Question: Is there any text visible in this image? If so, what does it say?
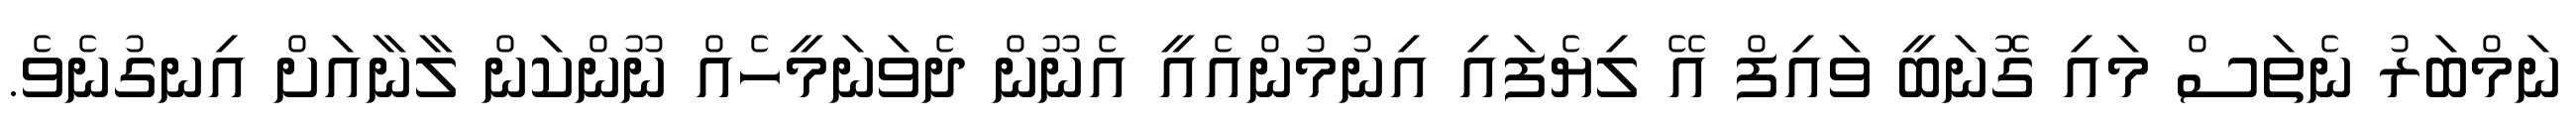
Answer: ނަމްބަރު ނެތަސް މައި ގޮނަބީ ވައިފް އޭ ލިޔެފައި އިނުމުންއެއީ އެނޫން ދެވަނަމީހެއް ނޫންކަން ލާނާއަށް އިނގުނެވެ.